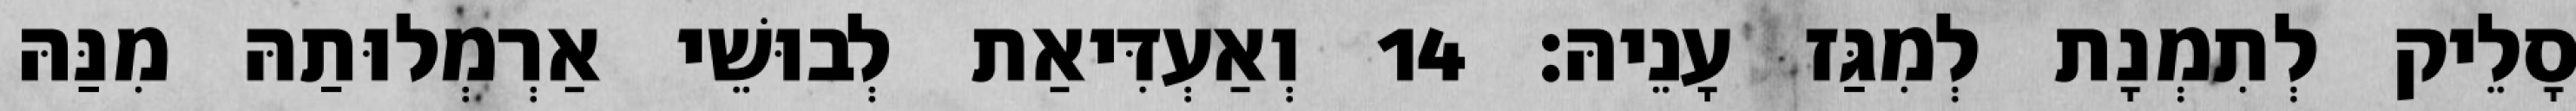
סָלֵיק לְתִמְנָת לְמִגַּז עָנֵיהּ׃ 14 וְאַעְדִּיאַת לְבוּשֵׁי אַרְמְלוּתַהּ מִנַּהּ